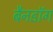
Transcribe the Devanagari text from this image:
बैनडॉग